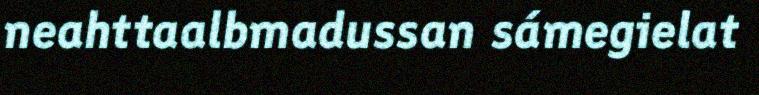
neahttaalbmadussan sámegielat